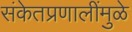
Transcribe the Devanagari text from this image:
संकेतप्रणालींमुळे